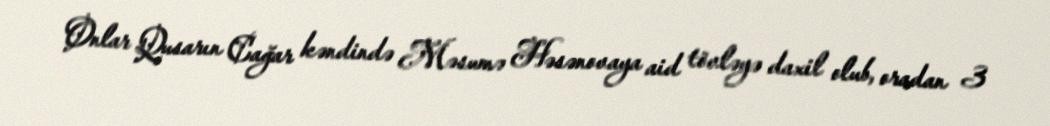
Onlar Qusarın Cağar kəndində Məsumə Həsənovaya aid tövləyə daxil olub, oradan 3